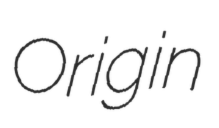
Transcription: Origin